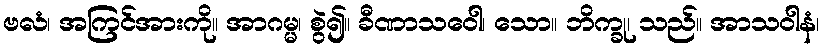
ဗလံ၊ အကြင်အားကို။ အာဂမ္မ၊ စွဲ၍။ ခီဏာသဝေါ၊ သော။ ဘိက္ခု၊ သည်။ အာသဝါနံ၊